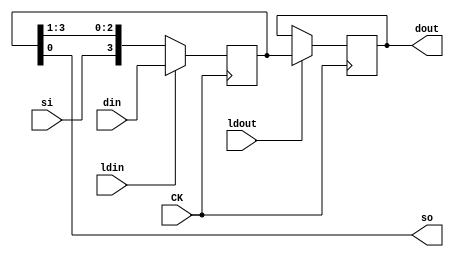
// Nicholas Saylor 11/12/2021
// CMPEN 270
// RTL file for the shift register assignment
`timescale 1ns/1ns

module piposr_rtl(din, si, ldin, ldout, CK, dout, so);

    // As required by assignment definition
    input [3:0] din;
    input si, ldin, ldout, CK;
    output reg [3:0] dout;
    output so;
    
    //For debugging
    reg [3:0] data;
    
    // so should be a combinational output since having it in a flip flop would delay it
    assign so = data[0];
    
    // Only clock edge matters
    always @ (posedge CK) begin
        
        // Now handles loading in
        if (ldin) begin
            data <= din;
        end
		
		else begin
        // Bit shift to the right 1, putting serial in in the first bit
        data <= {si, data} >> 1;
		end
		
        // Loading out must be handled after loading in for accurate readings
        if (ldout) begin
            dout <= data;
        end
    end



endmodule